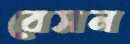
বেসন